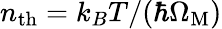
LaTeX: n_{\mathrm{th}}=k_{B}T/(\hbar\Omega_{\mathrm{M}})